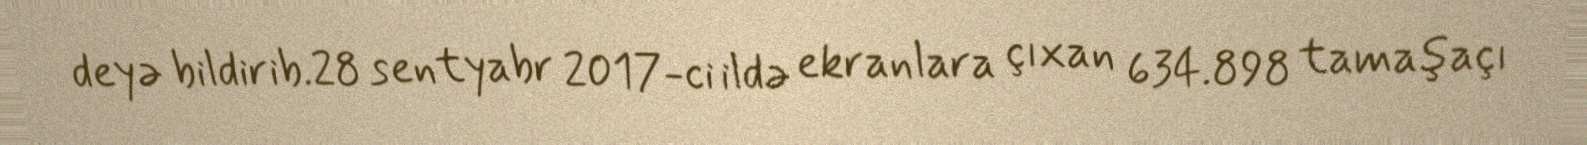
deyə bildirib.28 sentyabr 2017-ci ildə ekranlara çıxan 634.898 tamaşaçı